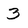
Character: 3